Board of Education Examinations in Art and in Science and Technology, and Examinations of the City and Guilds of London Institute, 1918, 1918
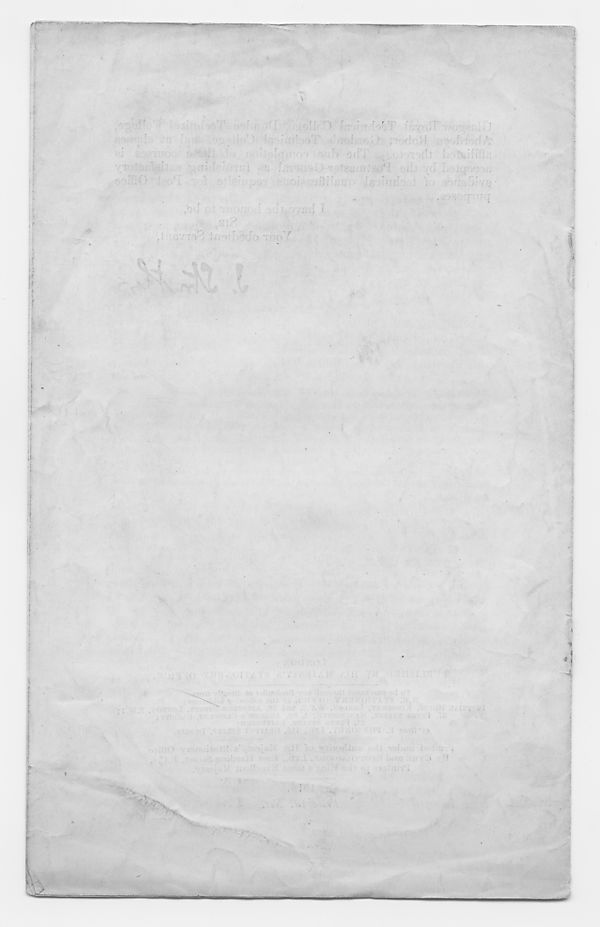
ymmm
i,i.n|iin i.nnn
gUjBfafll
: • •.•flirfp.?; :r;: in f;rnr -L •
arlj vd'l.^ryyjn
■
■
i
-
. : - .
‘f
|